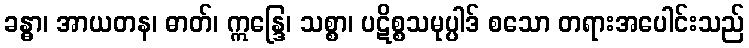
ခန္ဓာ၊ အာယတန၊ ဓာတ်၊ ဣန္ဒြေ၊ သစ္စာ၊ ပဋိစ္စသမုပ္ပါဒ် စသော တရားအပေါင်းသည်